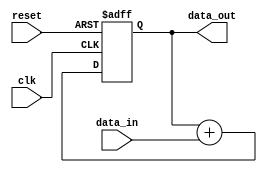
module Pipeline_accumulator (
    input wire clk,
    input wire reset,
    input wire [15:0] data_in,
    output reg [15:0] data_out
);

reg [15:0] accumulator;

always @(posedge clk or posedge reset) begin
    if (reset) begin
        accumulator <= 16'h0000;
    end else begin
        accumulator <= accumulator + data_in;
    end
end

assign data_out = accumulator;

endmodule